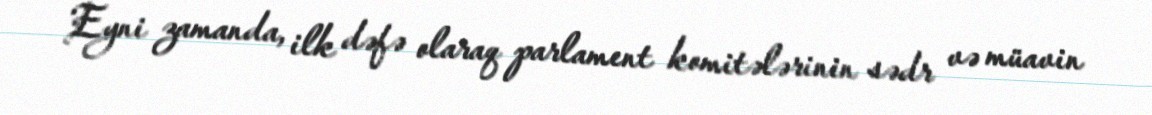
Eyni zamanda, ilk dəfə olaraq parlament komitələrinin sədr və müavin